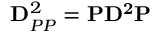
\mathbf { D } _ { P P } ^ { 2 } = \mathbf { P D ^ { 2 } P }